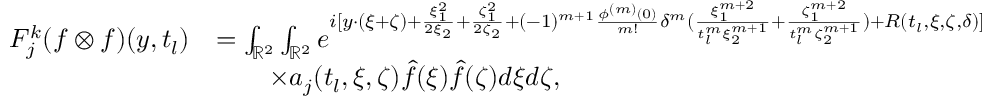
\begin{array} { r l } { F _ { j } ^ { k } ( f \otimes f ) ( y , t _ { l } ) } & { = \int _ { \mathbb { R } ^ { 2 } } \int _ { \mathbb { R } ^ { 2 } } e ^ { i [ y \cdot ( \xi + \zeta ) + \frac { \xi _ { 1 } ^ { 2 } } { 2 \xi _ { 2 } } + \frac { \zeta _ { 1 } ^ { 2 } } { 2 \zeta _ { 2 } } + ( - 1 ) ^ { m + 1 } \frac { { \phi } ^ { ( m ) } ( 0 ) } { m ! } \delta ^ { m } ( \frac { \xi _ { 1 } ^ { m + 2 } } { t _ { l } ^ { m } \xi _ { 2 } ^ { m + 1 } } + \frac { \zeta _ { 1 } ^ { m + 2 } } { t _ { l } ^ { m } \zeta _ { 2 } ^ { m + 1 } } ) + R ( t _ { l } , \xi , \zeta , \delta ) ] } } \\ & { \quad \quad \times a _ { j } ( t _ { l } , \xi , \zeta ) \hat { f } ( \xi ) \hat { f } ( \zeta ) d \xi d \zeta , } \end{array}